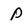
Character: P